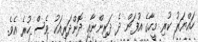
ހައްޔަރު ކުރި މީހާގެ އުފަން ދެ ދަރިންނާއި ދޮންދަރިއަކު ވެސް ހުރެ އެވެ.